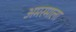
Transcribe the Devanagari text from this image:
अमरमाला